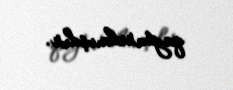
qaytarılmışdır.